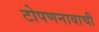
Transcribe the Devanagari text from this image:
टोपणनावाची